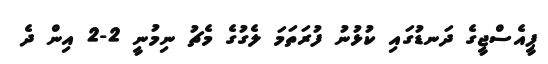
ޕީއެސްޖީގެ ދަނޑުގައި ކުޅުނު ފުރަތަމަ ލެގުގެ މެޗު ނިމުނީ 2-2 އިން ދެ